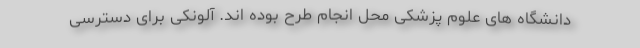
دانشگاه های علوم پزشکی محل انجام طرح بوده اند. آلونکی برای دسترسی